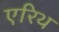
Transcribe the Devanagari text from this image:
एरिथ